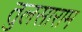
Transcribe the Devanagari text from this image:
तुलसाराम